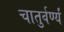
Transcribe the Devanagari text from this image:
चातुर्वर्ण्यं